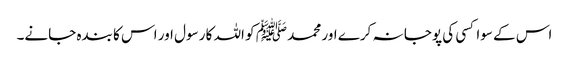
اس کے سوا کسی کی پوجا نہ کرے اور محمد ﷺ کو اللہ کا رسول اور اس کا بندہ جانے۔